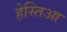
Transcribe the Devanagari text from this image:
हेस्तिआ